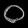
Digit: ၀